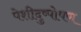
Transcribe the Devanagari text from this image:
पेशीदुष्पोषण